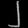
Digit: ၂